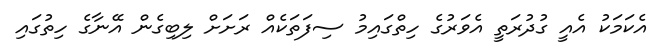
އެކަމަކު އެއީ ގުދުރަތީ އެވަރުގެ ހިތްގައިމު ސިފަތަކެއް ރަށަށް ލިބިގެން އޭނާގެ ހިތުގައި